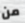
من